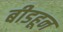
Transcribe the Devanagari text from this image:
बीडहून